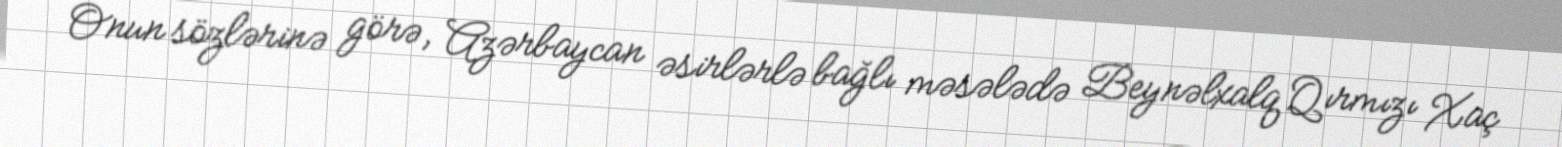
Onun sözlərinə görə, Azərbaycan əsirlərlə bağlı məsələdə Beynəlxalq Qırmızı Xaç